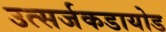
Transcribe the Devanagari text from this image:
उत्सर्जकडायोड